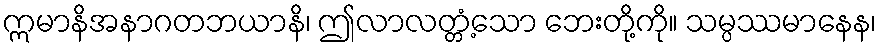
ဣမာနိအနာဂတဘယာနိ၊ ဤလာလတ္တံ့သော ဘေးတို့ကို။ သမ္ပဿမာနေန၊